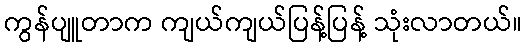
ကွန်ပျူတာက ကျယ်ကျယ်ပြန့်ပြန့် သုံးလာတယ်။